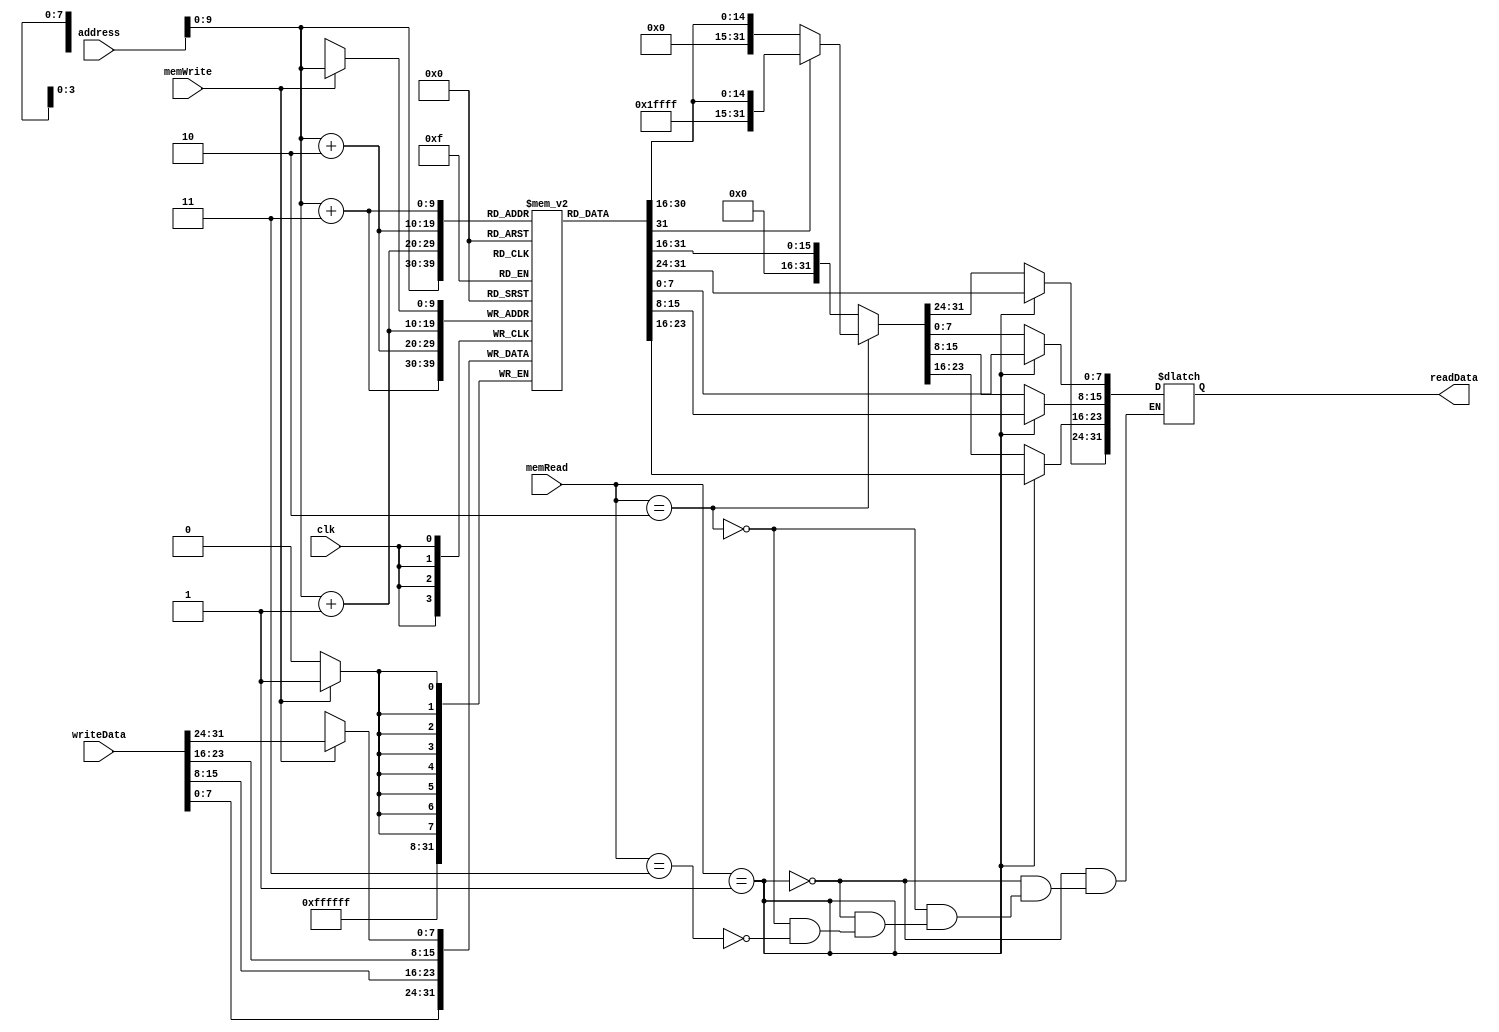
module DataMemory(address,writeData,memWrite,clk,memRead,readData);
input [31:0] address,writeData;
input memWrite;
input[1:0] memRead;
input clk;
output reg [31:0] readData;
reg[7:0] dMem[1023:0];
always@(posedge clk)
	begin
	if(memWrite)//sw
		dMem[address]= writeData[31:24];
		dMem[address+1]= writeData[23:16];
		dMem[address+2]= writeData[15:8];
		dMem[address+3]= writeData[7:0];
	end
always@(address,writeData,memRead)
	begin
	    if(memRead==1)//lw
	    begin
		     readData[31:24]=dMem[address];
		     readData[23:16]=dMem[address+1];
		     readData[15:8]=dMem[address+2];
		     readData[7:0]=dMem[address+3];
		 end
		else if(memRead==2)
	    begin
		    if(dMem[address][7:7]) //lh
				begin
				readData = {16'b1111111111111111,dMem[address],dMem[address+1]};
			        
				end
			else
				begin
				readData = {16'b0000000000000000,dMem[address],dMem[address+1]};	
				end
		end
		else if(memRead==3)//lhu
		begin
		    readData = {16'b0000000000000000,dMem[address],dMem[address+1]};
		end
		
	end

endmodule